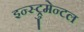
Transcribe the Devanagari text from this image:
इन्स्ट्रुमेन्टल